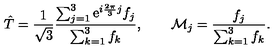
\hat { T } = { \frac { 1 } { \sqrt { 3 } } } { \frac { \sum _ { j = 1 } ^ { 3 } \mathrm { e } ^ { i { \frac { 2 \pi } { 3 } } j } f _ { j } } { \sum _ { k = 1 } ^ { 3 } f _ { k } } } , \qquad { \cal M } _ { j } = { \frac { f _ { j } } { \sum _ { k = 1 } ^ { 3 } f _ { k } } } .